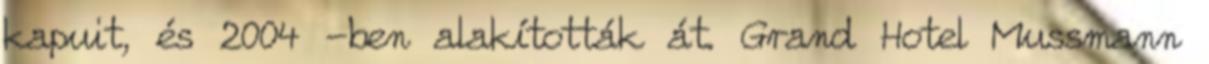
kapuit, és 2004 -ben alakították át. Grand Hotel Mussmann